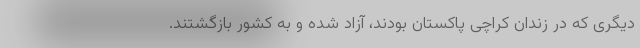
دیگری که در زندان کراچی پاکستان بودند، آزاد شده و به کشور بازگشتند.